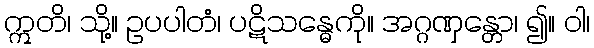
ဣတိ၊ သို့။ ဥပပါတံ၊ ပဋိသန္ဓေကို။ အဂ္ဂဏှန္တော၊ ၍။ ဝါ၊